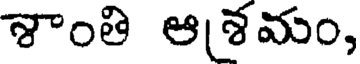
శాంతి ఆశమం,